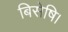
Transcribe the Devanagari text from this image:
बिसेषि।